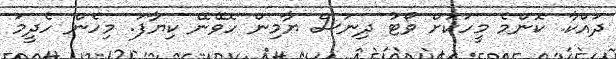
ދައްކާ. ކޮންމެ މީހަކަށް ވޯޓު ދިނަސް ޔާމިން ހޮވޭނޭ ކިޔާފަ. މިހެން ހެދީމަ